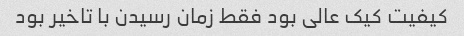
کیفیت کیک عالی بود فقط زمان رسیدن با تاخیر بود